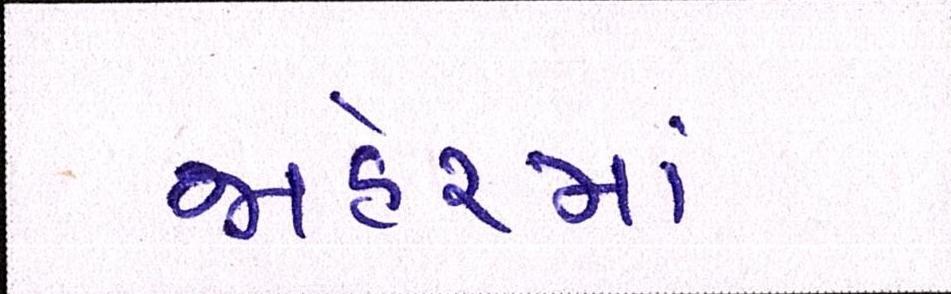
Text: જાહેરમાં